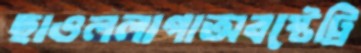
ছাওললাগাঅবস্টেট্রি